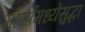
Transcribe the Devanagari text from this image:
मोर्चांमध्येसुद्धा